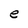
Character: e